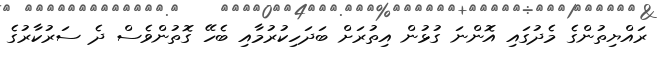
ރައްޔިތުންގެ މެދުގައި އޮންނަ ގުޅުން އިތުރަށް ބަދަހިކުރުމާއި ބެހޭ ގޮތުންވެސް ދެ ސަރުކާރުގެ